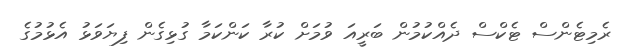
ރެމިޓެންސް ޓެކްސް ދެއްކުމުން ބަރީއަ ވުމަށް ކުރާ ކަންކަމާ ގުޅިގެން ފިޔަވަޅު އެޅުމުގެ